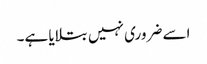
اسے ضروری نہیں بتلایا ہے۔